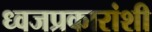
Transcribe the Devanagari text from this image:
ध्वजप्रकारांशी